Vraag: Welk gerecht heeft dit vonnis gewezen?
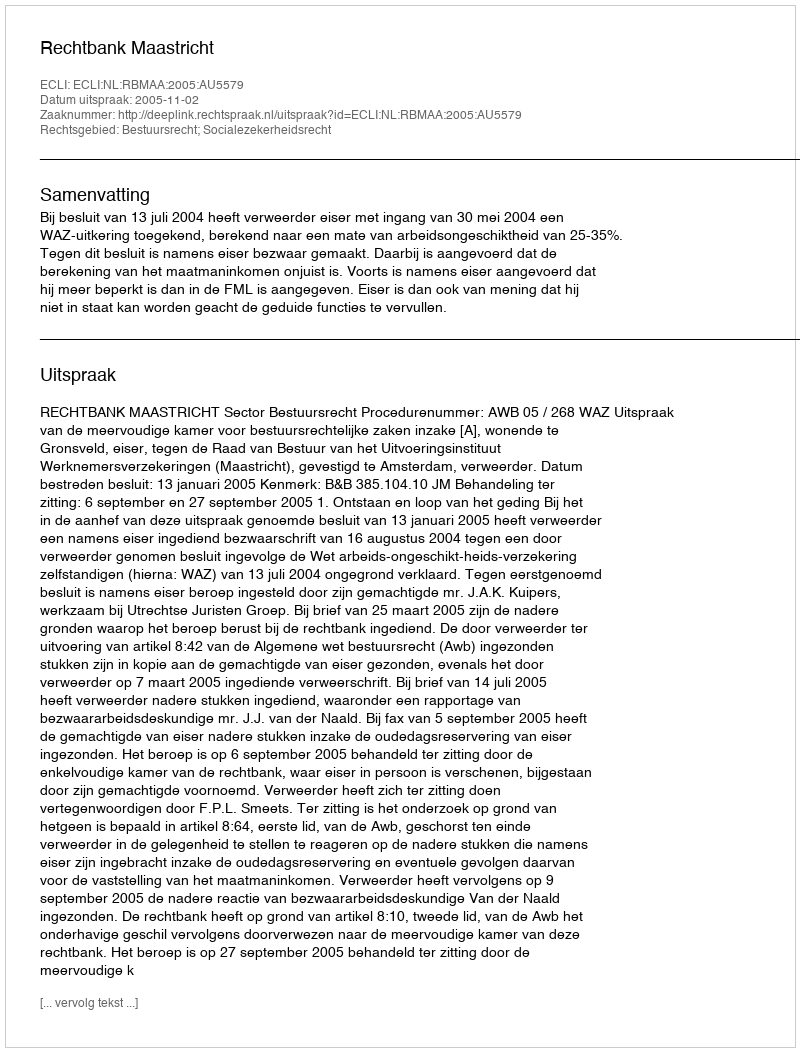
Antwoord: Rechtbank Maastricht